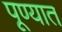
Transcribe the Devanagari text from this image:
पूण्यात